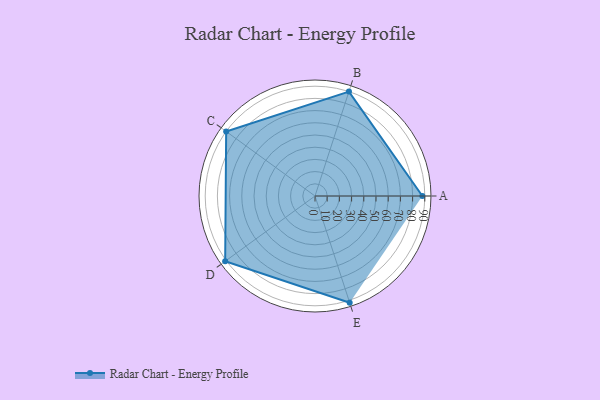
{"axis": {"x": "Skill", "y": "Score"}, "legend": ["Profile"], "data": [{"x": "A", "y": 88.0, "type": "Profile"}, {"x": "B", "y": 90.0, "type": "Profile"}, {"x": "C", "y": 90.0, "type": "Profile"}, {"x": "D", "y": 91.0, "type": "Profile"}, {"x": "E", "y": 92.0, "type": "Profile"}]}